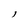
Character: 1